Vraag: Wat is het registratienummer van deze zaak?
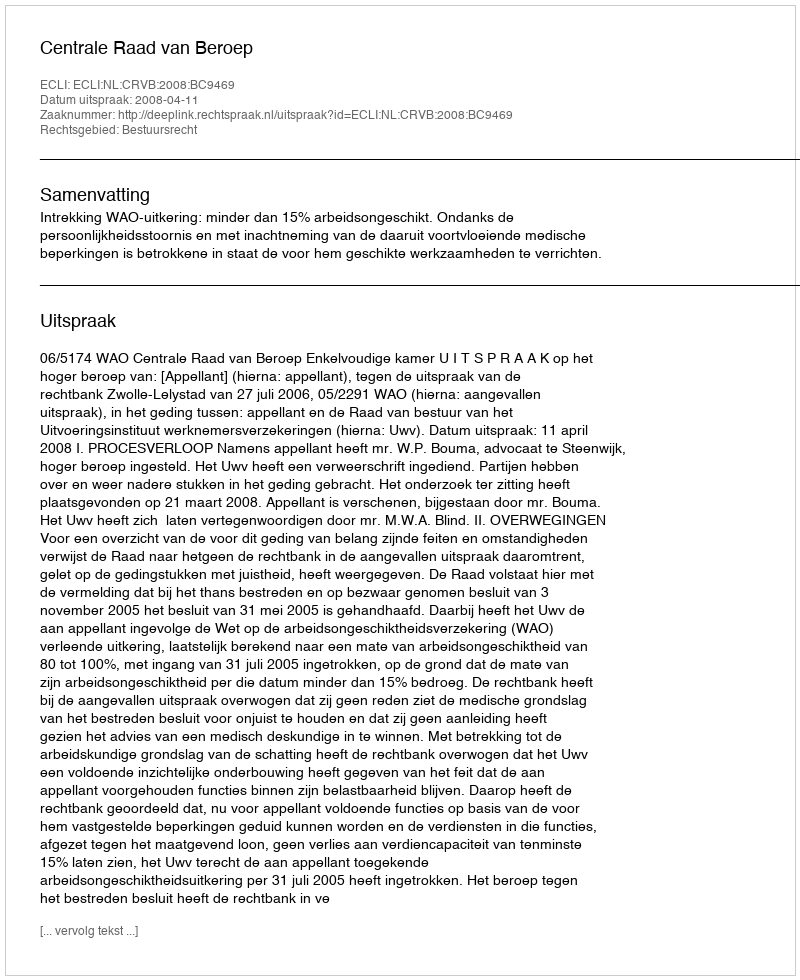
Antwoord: http://deeplink.rechtspraak.nl/uitspraak?id=ECLI:NL:CRVB:2008:BC9469